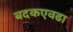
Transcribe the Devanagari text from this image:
बदकएवढा